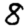
Digit: 8